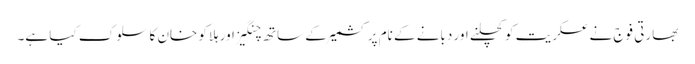
بھارتی فوج نے عسکریت کو کچلنے اور دبانے کے نام پر کشمیر کے ساتھ چنگیز اور ہلاکو خان کا سلوک کیا ہے۔